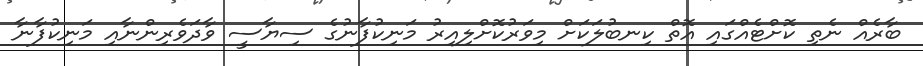
ބާރެއް ނެތި ކޮށްޓެއްގައި އޮތް ކިނބުލަކަށް މިވަރުކޮށްލިއިރު މަނިކުފާނުގެ ސިޔާސީ ވާދަވެރިންނާއި މަނިކުފާނާ